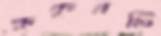
কুকুরটি